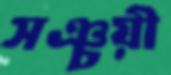
সঞ্চয়ী